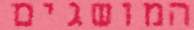
המושגים